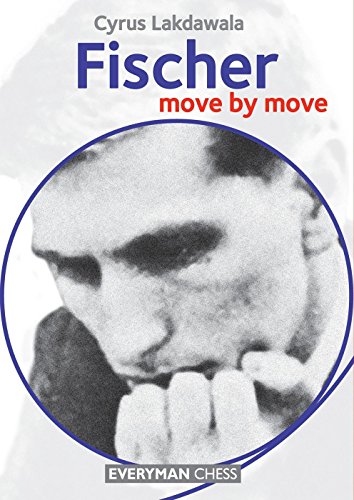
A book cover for Fischer: Move by Move; Cyrus Lakdawala; Humor & Entertainment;